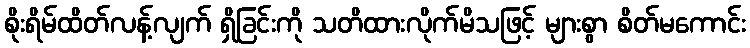
စိုးရိမ်ထိတ်လန့်လျက် ရှိခြင်းကို သတိထားလိုက်မိသဖြင့် များစွာ စိတ်မကောင်း